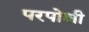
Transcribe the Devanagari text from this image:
परपोशी